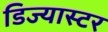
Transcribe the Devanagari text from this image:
डिज्यास्टर